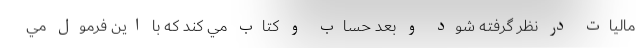
مالیات در نظر گرفته شود و بعد حساب و كتاب مي كند كه با اين فرمول مي